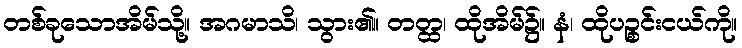
တစ်ခုသောအိမ်သို့။ အဂမာသိ၊ သွား၏။ တတ္ထ၊ ထိုအိမ်၌။ နံ၊ ထိုပဉ္စင်းငယ်ကို။